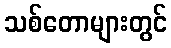
သစ်တောများတွင်